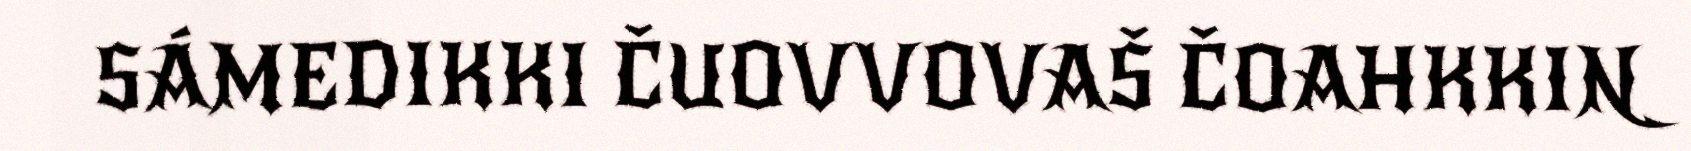
SÁMEDIKKI ČUOVVOVAŠ ČOAHKKIN